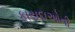
કાયદાઓની